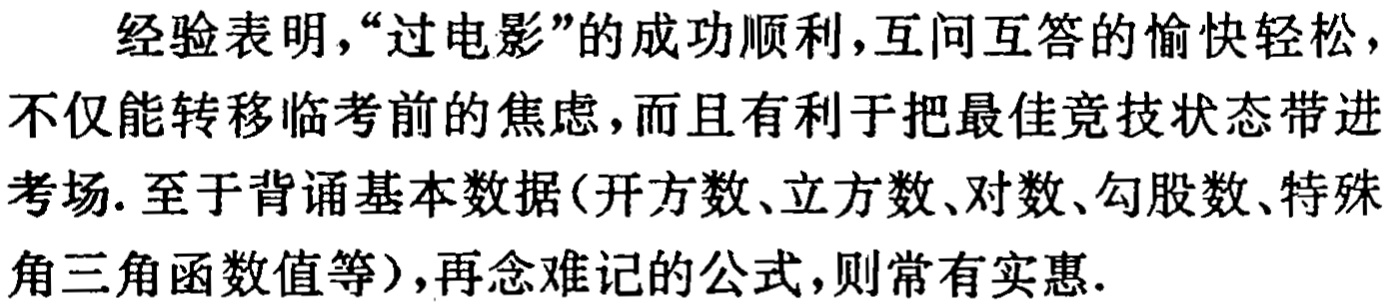
经验表明，“过电影”的成功顺利，互问互答的愉快轻松，不仅能转移临考前的焦虑，而且有利于把最佳竞技状态带进考场. 至于背诵基本数据(开方数、立方数、对数、勾股数、特殊角三角函数值等)，再念难记的公式，则常有实惠.